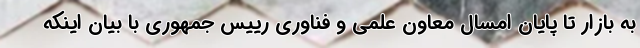
به بازار تا پایان امسال معاون علمی و فناوری رییس جمهوری با بیان اینکه